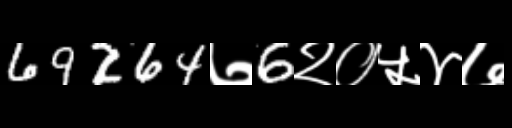
Text: 69264७6२०५४७